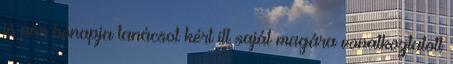
jó pár hónapja tanácsot kért itt saját magára vonatkoztatott